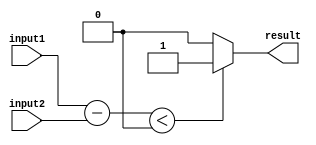
module LessThanComparator (
    input wire [31:0] input1,
    input wire [31:0] input2,
    output reg result
);

// Subtract input2 from input1
wire [31:0] difference;
assign difference = input1 - input2;

// Check if the result is negative
always @* begin
    if (difference < 0) begin
        result = 1;  // input1 is less than input2
    end else begin
        result = 0;  // input1 is not less than input2
    end
end

endmodule